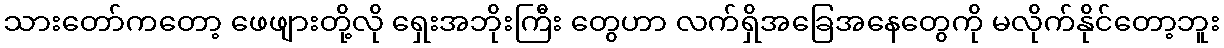
သားတော်ကတော့ ဖေဖျားတို့လို ရှေးအဘိုးကြီး တွေဟာ လက်ရှိအခြေအနေတွေကို မလိုက်နိုင်တော့ဘူး